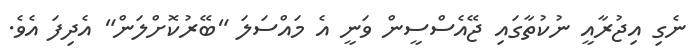
ނެގި އިޖުރާއީ ނުކުތާގައި ޖޭއެސްސީން ވަނީ އެ މައްސަލަ "ބޭރުކޮށްލަން" އެދިފަ އެވެ.